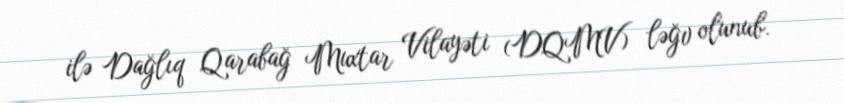
ilə Dağlıq Qarabağ Muxtar Vilayəti (DQMV) ləğv olunub.